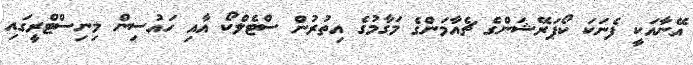
އޭނާއަކީ ފެނަކަ ކޯޕަރޭޝަންގެ ޗެއާމަންގެ މަގާމުގެ އިތުރުން ސްޓެލްކޯ އާއި ހައުސިން މިނިސްޓްރީގައި